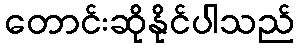
တောင်းဆိုနိုင်ပါသည်